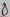
Text: 9